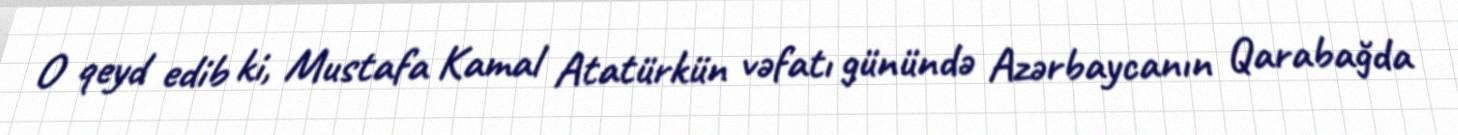
O qeyd edib ki, Mustafa Kamal Atatürkün vəfatı günündə Azərbaycanın Qarabağda